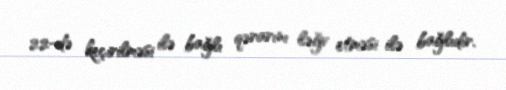
22-də keçirilməsi ilə bağlı qərarını ləğv etməsi ilə bağlıdır.